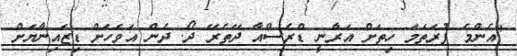
"އެންމެ ފުރަތަމަ ހިތަށް އަރާނީ ޑްރެސްއާ ދޭތެރޭ ދޯ. ދެން އަވަަހަށް ޑިޒައިނާޔަށް